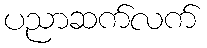
ပညာဆက်လက်